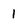
Character: 1